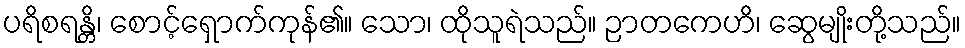
ပရိစရန္တိ၊ စောင့်ရှောက်ကုန်၏။ သော၊ ထိုသူရဲသည်။ ဉာတကေဟိ၊ ဆွေမျိုးတို့သည်။